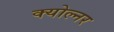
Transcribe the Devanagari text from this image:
क्योल्नर